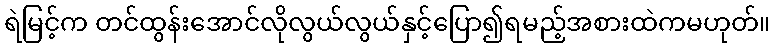
ရဲမြင့်က တင်ထွန်းအောင်လိုလွယ်လွယ်နှင့်ပြော၍ရမည့်အစားထဲကမဟုတ်။